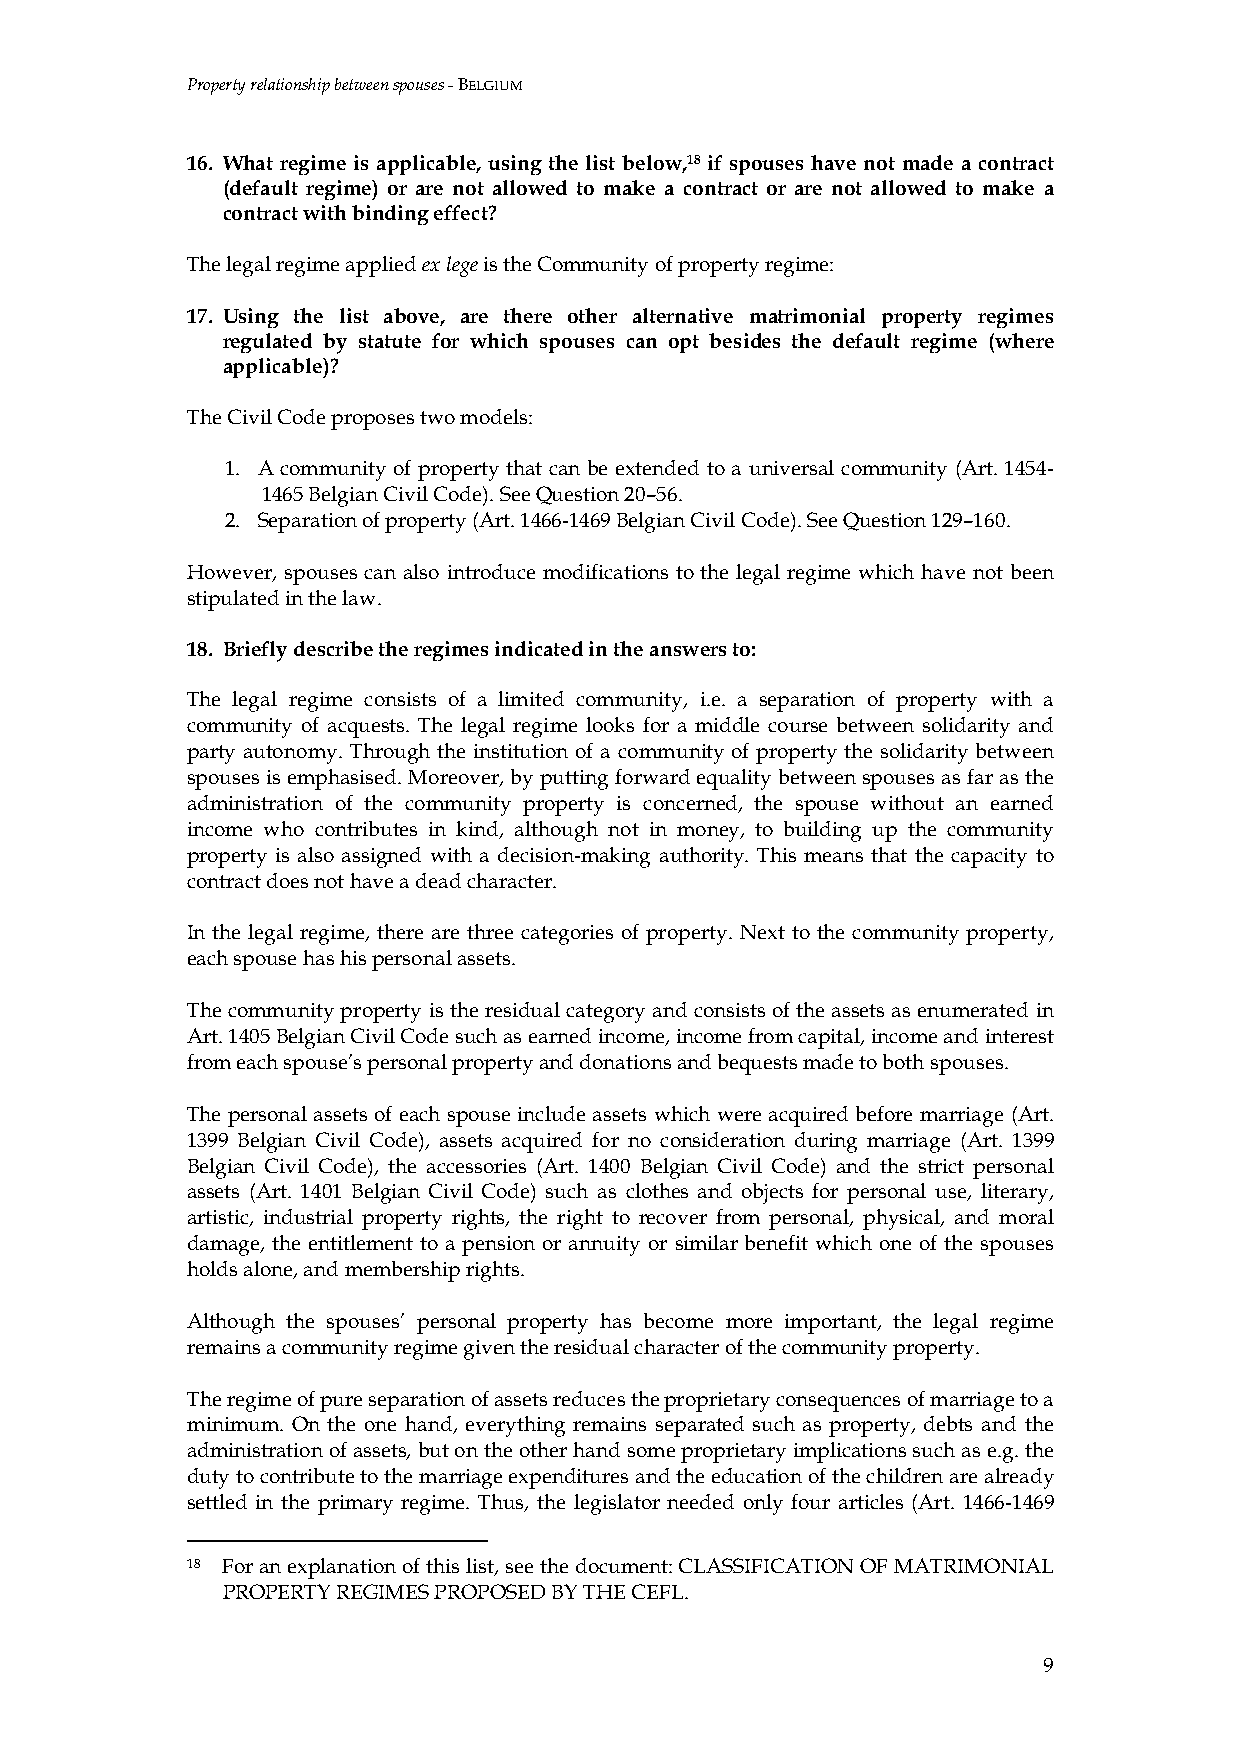
Property relationship between spouses - BELGIUM
 16. What regime is applicable, using the list below,18 if spouses have not made a contract
 (default regime) or are not allowed to make a contract or are not allowed to make a
 contract with binding effect?
 The legal regime applied ex lege is the Community of property regime:
 17. Using the list above, are there other alternative matrimonial property regimes
 regulated by statute for which spouses can opt besides the default regime (where
 applicable)?
 The Civil Code proposes two models:
 1. A community of property that can be extended to a universal community (Art. 1454-
 1465 Belgian Civil Code). See Question 20–56.
 2. Separation of property (Art. 1466-1469 Belgian Civil Code). See Question 129–160.
 However, spouses can also introduce modifications to the legal regime which have not been
 stipulated in the law.
 18. Briefly describe the regimes indicated in the answers to:
 The legal regime consists of a limited community, i.e. a separation of property with a
 community of acquests. The legal regime looks for a middle course between solidarity and
 party autonomy. Through the institution of a community of property the solidarity between
 spouses is emphasised. Moreover, by putting forward equality between spouses as far as the
 administration of the community property is concerned, the spouse without an earned
 income who contributes in kind, although not in money, to building up the community
 property is also assigned with a decision-making authority. This means that the capacity to
 contract does not have a dead character.
 In the legal regime, there are three categories of property. Next to the community property,
 each spouse has his personal assets.
 The community property is the residual category and consists of the assets as enumerated in
 Art. 1405 Belgian Civil Code such as earned income, income from capital, income and interest
 from each spouse’s personal property and donations and bequests made to both spouses.
 The personal assets of each spouse include assets which were acquired before marriage (Art.
 1399 Belgian Civil Code), assets acquired for no consideration during marriage (Art. 1399
 Belgian Civil Code), the accessories (Art. 1400 Belgian Civil Code) and the strict personal
 assets (Art. 1401 Belgian Civil Code) such as clothes and objects for personal use, literary,
 artistic, industrial property rights, the right to recover from personal, physical, and moral
 damage, the entitlement to a pension or annuity or similar benefit which one of the spouses
 holds alone, and membership rights.
 Although the spouses’ personal property has become more important, the legal regime
 remains a community regime given the residual character of the community property.
 The regime of pure separation of assets reduces the proprietary consequences of marriage to a
 minimum. On the one hand, everything remains separated such as property, debts and the
 administration of assets, but on the other hand some proprietary implications such as e.g. the
 duty to contribute to the marriage expenditures and the education of the children are already
 settled in the primary regime. Thus, the legislator needed only four articles (Art. 1466-1469
 18 For an explanation of this list, see the document: CLASSIFICATION OF MATRIMONIAL
 PROPERTY REGIMES PROPOSED BY THE CEFL.
 9